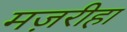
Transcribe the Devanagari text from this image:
मज़रीहा